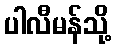
ပါလီမန်သို့